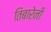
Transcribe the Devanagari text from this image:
तिबारेनी